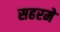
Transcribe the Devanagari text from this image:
सहरमे